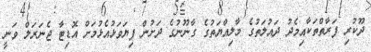
ދޫކުރި ފަރާތްތަކާއިމެދު ދައުލަތުގެ މާލިއްޔަތުގެ ގާނޫނުގެ ދަށުން ފިޔަވަޅުއެޅުމަށް އޮޑިޓާ ޖެނަރަލް ވަނީ